Lunatic asylums Madras 1877-1891 - 1877-1891
Year: 1877
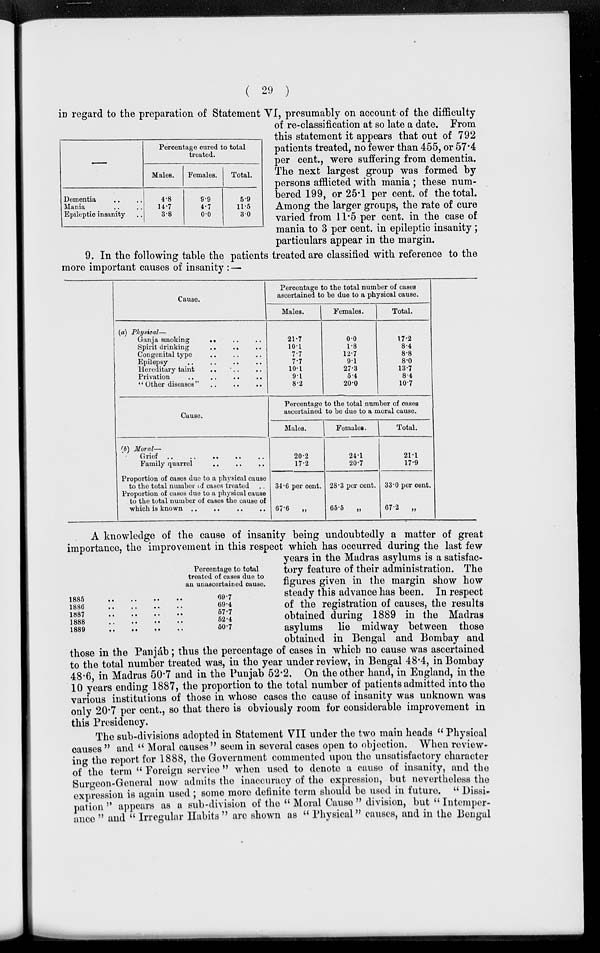
( 29 )
in regard to the preparation of Statement VI, presumably on account of the difficulty
of re-classification at so late a date. From
this statement it appears that out of 792
patients treated, no fewer than 455, or 57.4
per cent., were suffering from dementia.
The next largest group was formed by
persons afflicted with mania; these num-
bered 199, or 25.1 per cent. of the total.
Among the larger groups, the rate of curen
varied from 11.5 per cent. in the case of
mania to 3 per cent. in epileptic insanity;
particulars appear in the margin.
9. In the following table the patients treated are classified with reference to the
more important causes of insanity :—
Dementia .. ..
Mania .. ..
Epileptic insanity ..
Percentage cured to total
treated.
Males.
4.8
14.7
3.8
Females.
9.9
4.7
0.0
Total.
5.9
11.5
3.0
Cause.
(a) Physical—
Gainja smoking .. .. ..
Spirit drinking .. .. ..
Congenital type
..
..
..
Epilepsy .. .. .. ..
Hereditary taint .. .. ..
Privation .. .. ..
" Other diseases"
..
..
..
Cause.
(b) Moral—
Grief .. .. .. .. ..
Family quarrel .. .. ..
Proportion of cases due to a physical cause
to the total number of cases treated ..
Proportion of cases due to a physical cause
to the total number of cases the cause of
Percentage to the total number of cases
ascertained to be due to a physical cause.
Males.
21.7
10.1
7.7
7.7
10.1
9.1
8.2
Females.
0.0
1.8
12.7
9.1
27.3
5.4
20.0
Total.
17.2
8.4
8.8
8.0
13.7
8.4
10.7
Percentage to the total number of cases
ascertained to be due to a moral cause.
Males.
20.2
17.2
34.6 per cent.
67.6
„
Females.
24.1
20.7
28.3 per cent.
65.5
„
Total.
21.1
17.9
33.0 per cent.
67.2
„
A knowledge of the cause of insanity being undoubtedly a matter of great
importance, the improvement in this respect which has occurred during the last few
years in the Madras asylums is a satisfac-
tory feature of their administration. The
figures given in the margin show how
steady this advance has been. In respect
of the registration of causes, the results
obtained during 1889 in the Madras
asylums lie midway between those
obtained in Bengal and Bombay and
those in the Panjáb ; thus the percentage of cases in which no cause was ascertained
to the total number treated was, in the year under review, in Bengal 48.4, in Bombay
48.6, in Madras 50.7 and in the Punjab 52.2. On the other hand, in England, in the
10 years ending 1887, the proportion to the total number of patients admitted into the
various institutions of those in whose cases the cause of insanity was unknown was
only 20.7 per cent., so that there is obviously room for considerable improvement in
this Presidency.
The sub-divisions adopted in Statement VII under the two main heads " Physical
causes " and " Moral causes " seem in several cases open to objection. When review-
ing the report for 1888, the Government commented upon the unsatisfactory character
of the term " Foreign service " when used to denote a cause of insanity, and the
Surgeon-General now admits the inaccuracy of the expression, but nevertheless the
expression is again used; some more definite term should be used in future. "Dissi-
pation " appears as a sub-division of the " Moral Cause " division, but " Intemper-
ance " and " Irregular Habits " are shown as " Physical" causes, and in the Bengal
Percentage to total
treated of cases due to
an unascertained cause.
1885 .. .. .. ..
1886 .. .. .. ..
1887 .. .. .. ..
1888 .. .. .. ..
1889 .. .. .. ..
69.7
69.4
57.7
52.4
50.7